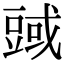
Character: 𧯱